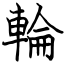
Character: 輪